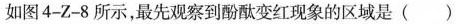
如图4-Z-8所示，最先观察到酚酞变红现象的区域是 ( )